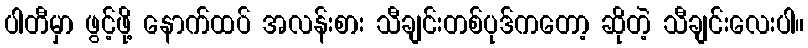
ပါတီမှာ ဖွင့်ဖို့ နောက်ထပ် အလန်းစား သီချင်းတစ်ပုဒ်ကတော့ ဆိုတဲ့ သီချင်းလေးပါ။